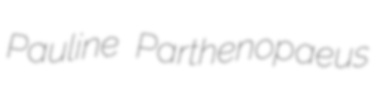
Pauline Parthenopaeus